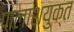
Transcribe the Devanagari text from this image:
पालाशयुक्त